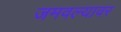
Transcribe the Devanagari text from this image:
जमवल्यावर